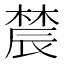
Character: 辳